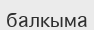
балкыма